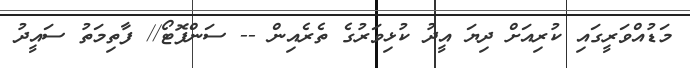
މަޑުއްވަރީގައި ކުރިއަށް ދިޔަ އީދު ކުޅިވަރުގެ ތެރެއިން -- ސަންފޮޓޯ// ފާތިމަތު ސައީދު